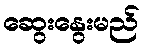
ဆွေးနွေးမည်